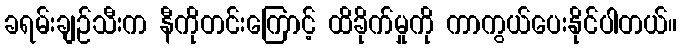
ခရမ်းချဉ်သီးက နီကိုတင်းကြောင့် ထိခိုက်မှုကို ကာကွယ်ပေးနိုင်ပါတယ်။